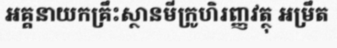
អគ្គនាយកគ្រឹះស្ថានមីក្រូហិរញ្ញវត្ថុ អម្រឹត